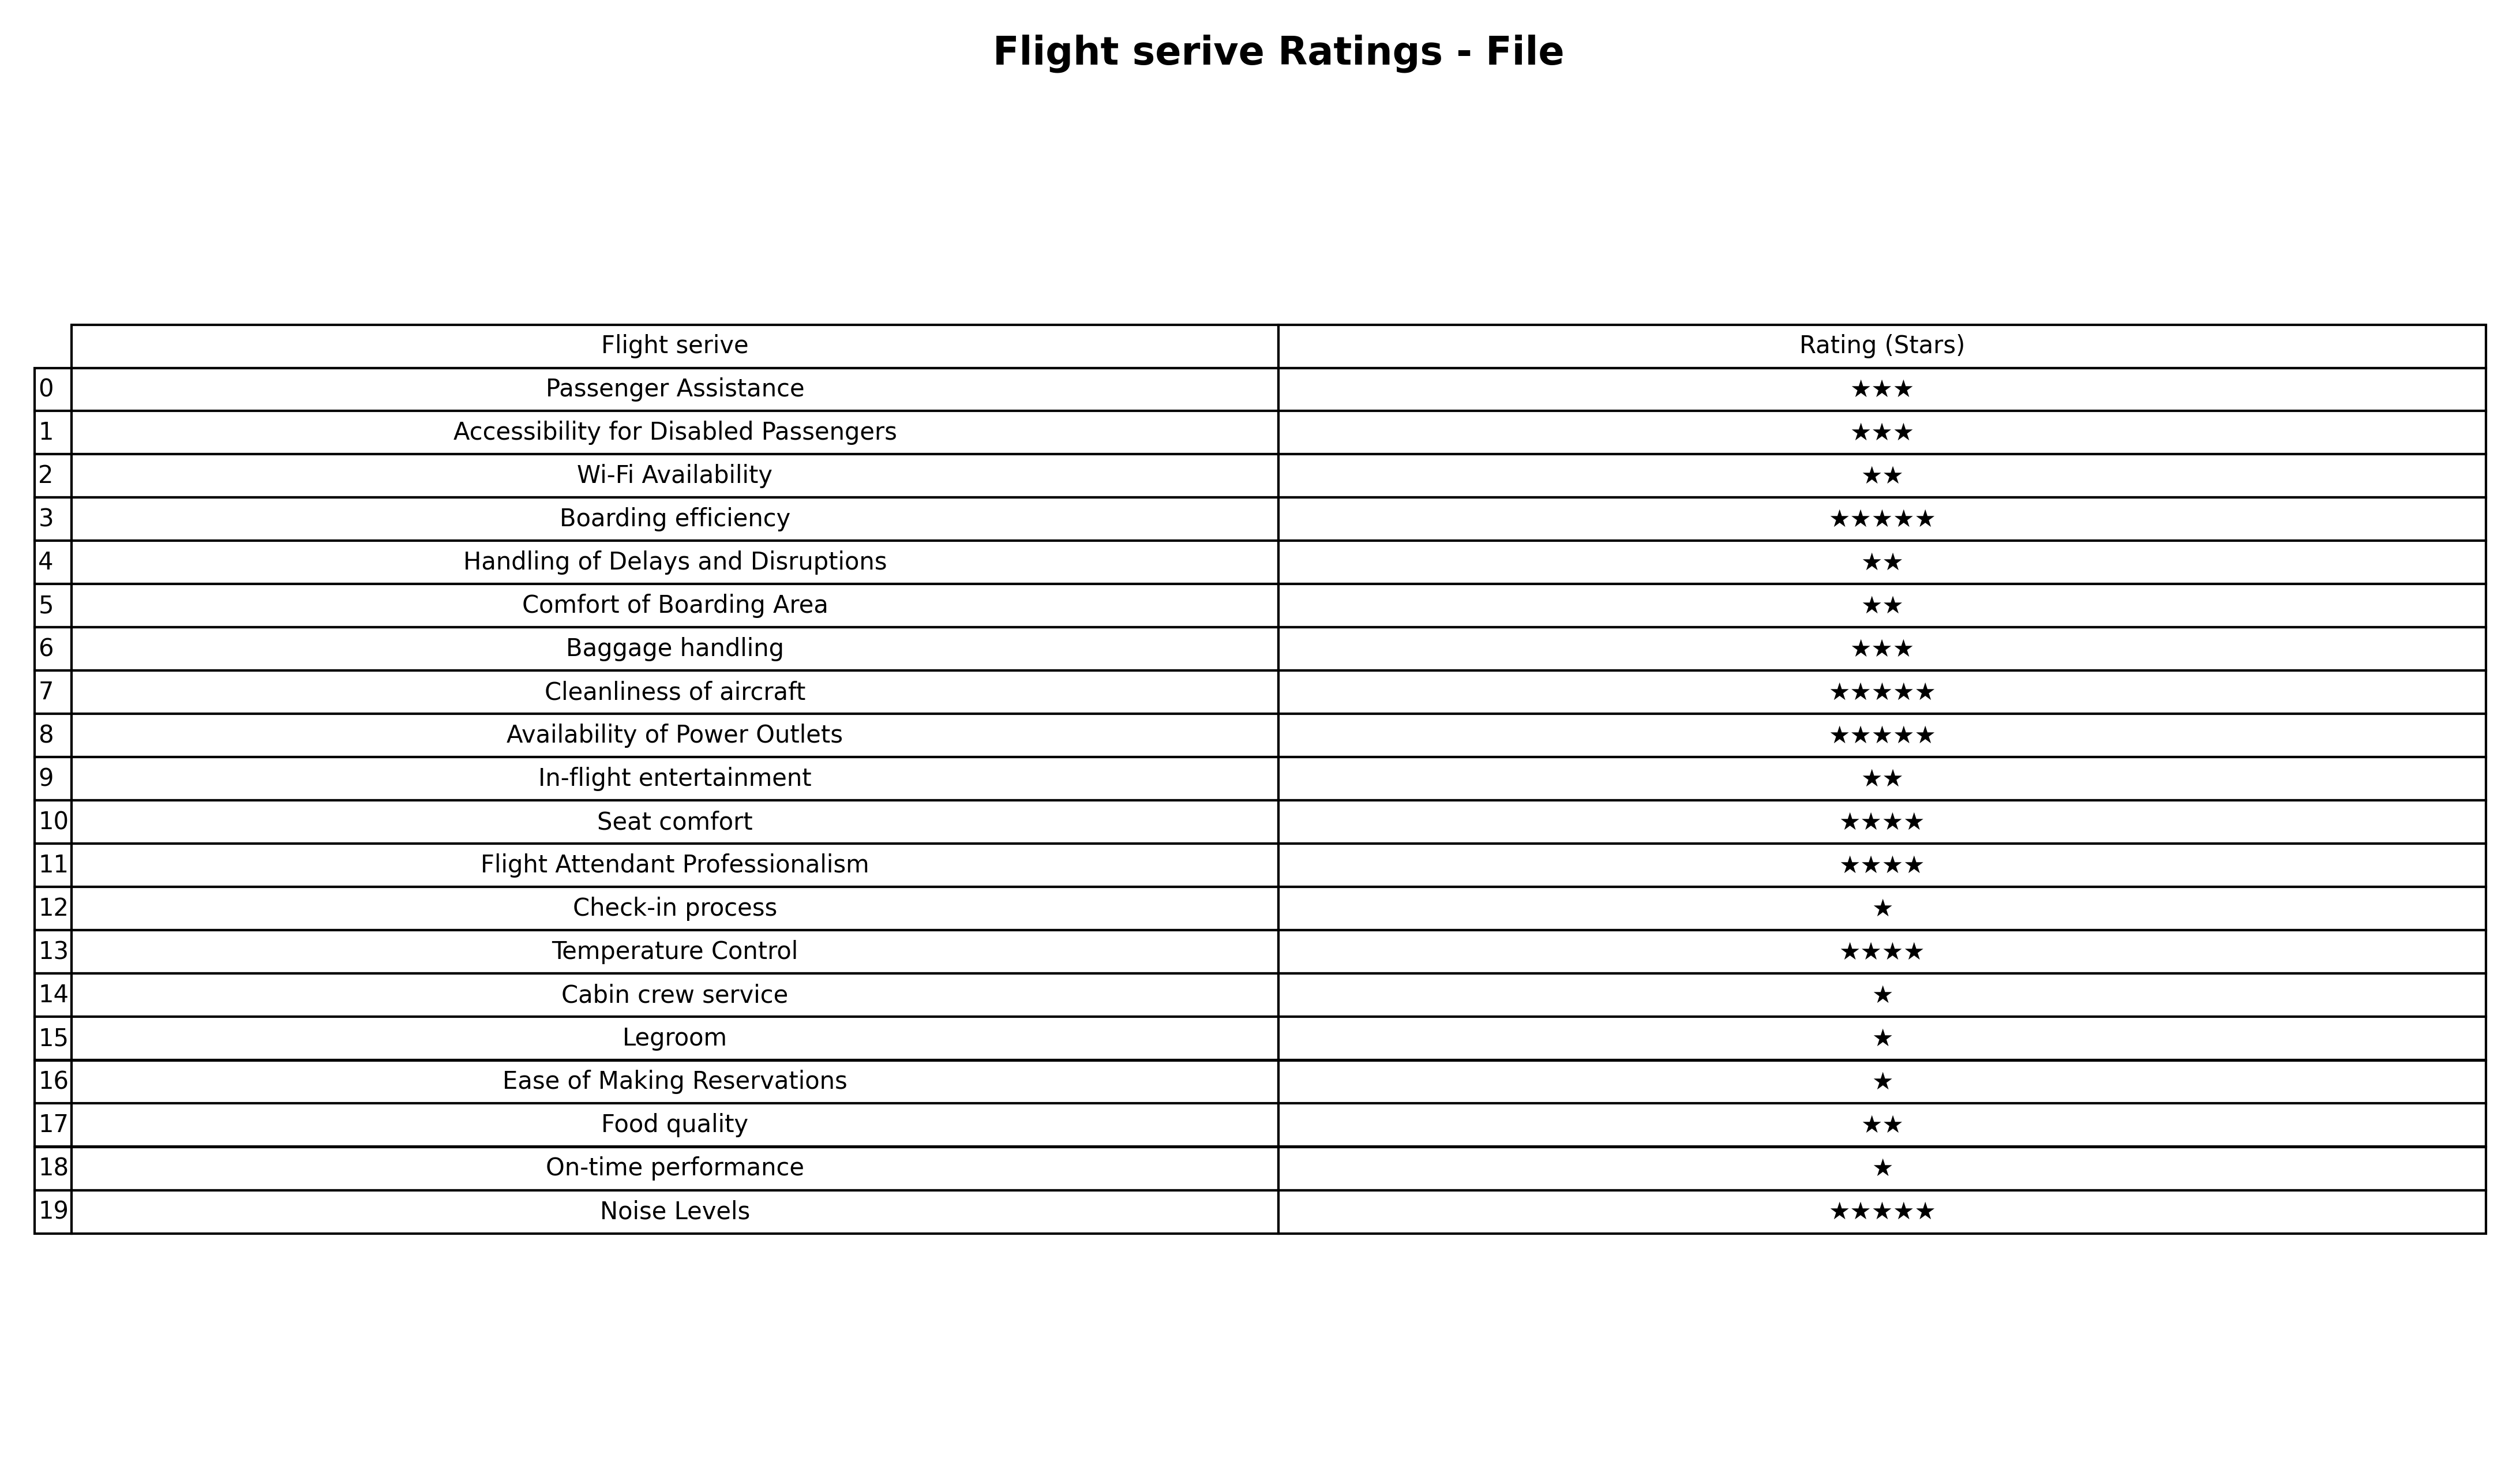
question: What are two star services?
answer: Wi-Fi AvailabilityHandling of Delays and DisruptionsComfort of Boarding AreaIn-flight entertainmentFood quality